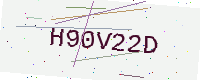
Text: H90V22D